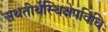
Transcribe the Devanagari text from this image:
अथतीर्थेस्थिक्षेपविधिः